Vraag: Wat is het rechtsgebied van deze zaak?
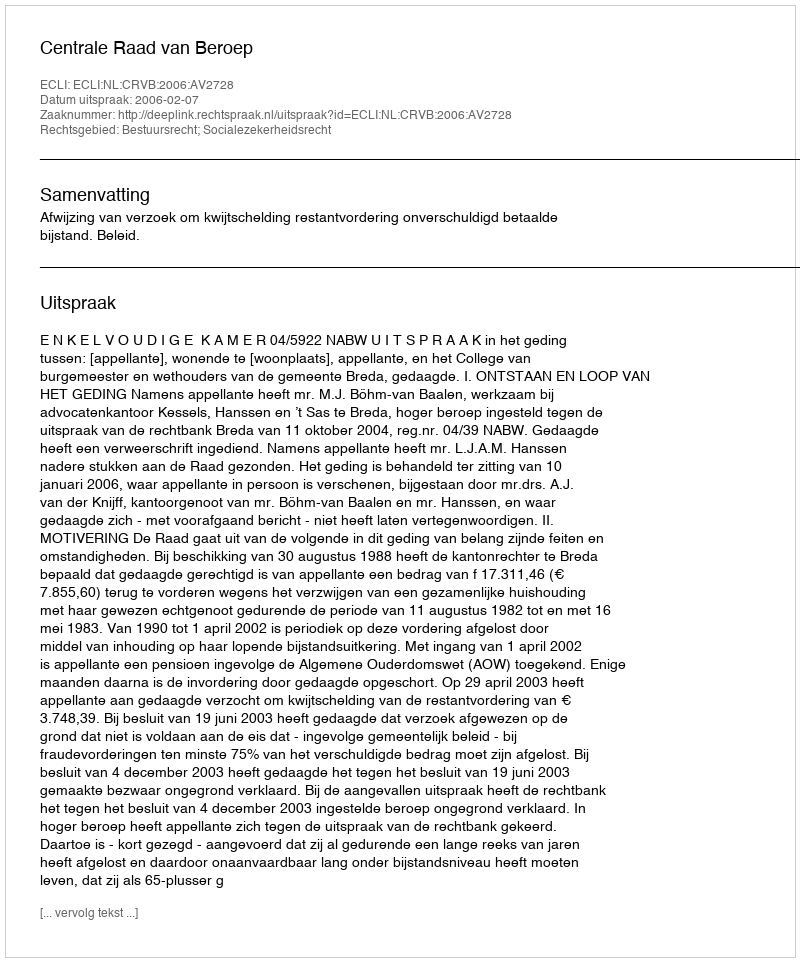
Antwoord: Bestuursrecht; Socialezekerheidsrecht